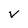
Character: v